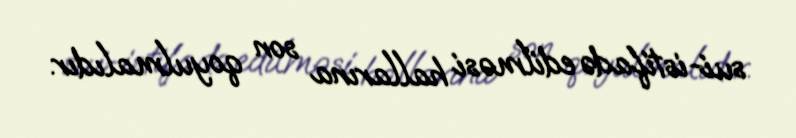
sui-istifadə edilməsi hallarına son qoyulmalıdır.